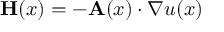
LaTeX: \mathbf { H } ( x ) = - \mathbf { A } ( x ) \cdot \nabla u ( x )